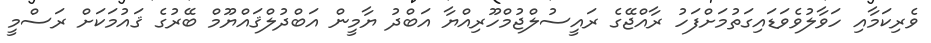
ވެރިކަމާއި ހަވާލުވެވަޑައިގަތުމަށްފަހު ރާއްޖޭގެ ރައީސުލްޖުމްހޫރިއްޔާ އަބްދު ޔާމީން އަބްދުލްޤައްޔޫމް ބޭރުގެ ޤައުމަކަށް ރަސްމީ